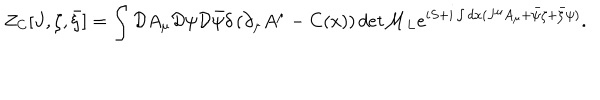
LaTeX: Z _ { C } [ J , \zeta , \bar { \zeta } ] = \int { \cal D } A _ { \mu } { \cal D } \psi { \cal D } \bar { \psi } \delta \left( \partial _ { \mu } A ^ { \mu } - C ( x ) \right) d e t { \cal M } _ { L } e ^ { i S + i \int d x ( J ^ { \mu } A _ { \mu } + \bar { \psi } \zeta + \bar { \zeta } \psi ) } .